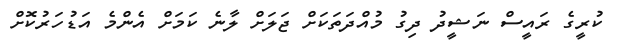
ކުރީގެ ރައީސް ނަޝީދު ދިގު މުއްދަތަކަށް ޖަލަށް ލާނެ ކަމަށް އެންމެ އަޑުހަރުކޮށް